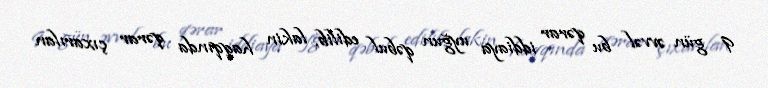
9 gün əvvəl bu qərar iddiaya uyğun qəbul edilib, lakin haqqında qərar çıxarılan